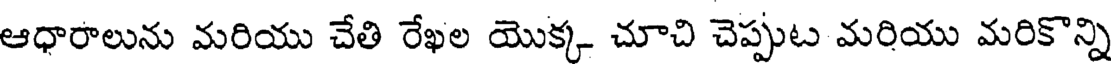
ఆధారాలును మరియు చేతి రేఖల యొక్క చూచి చెప్పుట మరియు మరికొన్ని